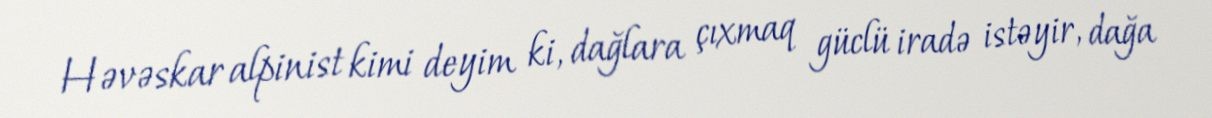
Həvəskar alpinist kimi deyim ki, dağlara çıxmaq güclü iradə istəyir, dağa